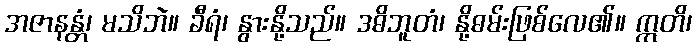
အဇာနန္တံ၊ မသိဘဲ။ ခီရံ၊ နွားနို့သည်။ ဒဓိဘူတံ၊ နို့ဓမ်းဖြစ်လေ၏။ ဣတိ၊